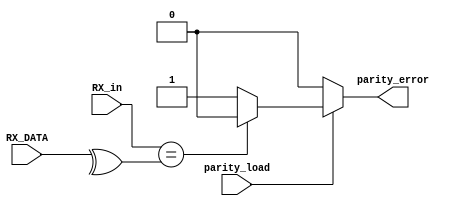
`timescale 1ns / 1ps
//////////////////////////////////////////////////////////////////////////////////
// Company: 
// Engineer: 
// 
// Design Name: 
// Module Name:    parity_checker 
// Project Name: 
// Target Devices: 
// Tool versions: 
// Description: 
//
// Dependencies: 
//
// Revision: 
// Revision 0.01 - File Created
// Additional Comments: 
//
//////////////////////////////////////////////////////////////////////////////////
module parity_checker(parity_error,parity_load,RX_in,RX_DATA );
output reg parity_error;
input[7:0] RX_DATA;
input RX_in,parity_load;
always @(*)
begin
if(parity_load)
begin
if(RX_in==(^RX_DATA))
parity_error<=0;
else
parity_error<=1;
end
else
parity_error<=0;
end
endmodule